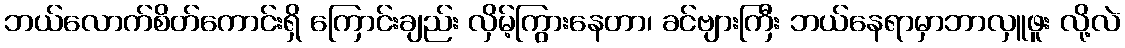
ဘယ်လောက်စိတ်ကောင်းရှိ ကြောင်းချည်း လှိမ့်ကြွားနေတာ၊ ခင်ဗျားကြီး ဘယ်နေရာမှာဘာလှူဖူး လို့လဲ